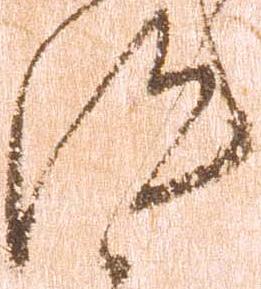
汰